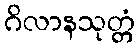
ဂိလာနသုတ္တံ